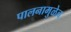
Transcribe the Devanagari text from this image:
पालनामुळेच